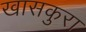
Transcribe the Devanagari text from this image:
खासकुरा